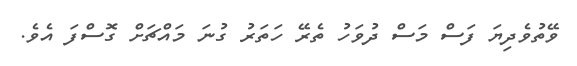
ވޭތުވެދިޔަ ފަސް މަސް ދުވަހު ތެރޭ ހަތަރު ގުނަ މައްޗަށް ގޮސްފަ އެވެ.